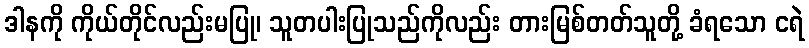
ဒါနကို ကိုယ်တိုင်လည်းမပြု၊ သူတပါးပြုသည်ကိုလည်း တားမြစ်တတ်သူတို့ ခံရသော ငရဲ